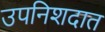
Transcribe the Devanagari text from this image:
उपनिशदात